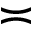
\asymp